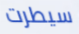
سيطرت